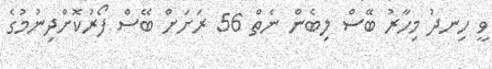
ވީ ހިނދު މިހާރު ބޭސް ލިބެން ނެތް 56 ރަށަށް ބޭސް ފޯރުކޮށްދިނުމުގެ